Annual statistical returns and brief notes on vaccination in Bengal - 1887-1898
Year: 1887
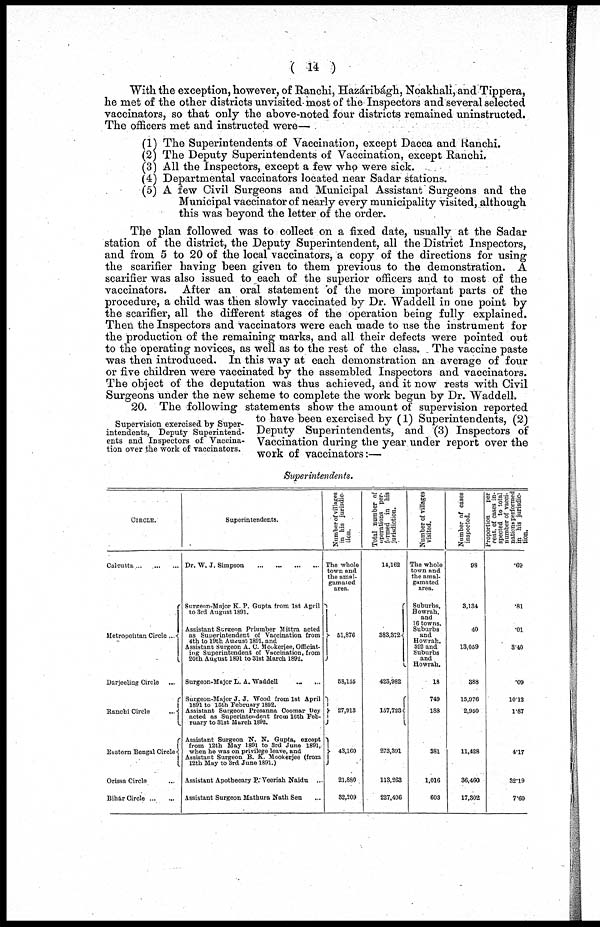
( 14 )
With the exception, however, of Ranchi, Hazáribágh, Noakhali, and Tippera,
he met of the other districts unvisited most of the Inspectors and several selected
vaccinators, so that only the above-noted four districts remained uninstructed.
The officers met and instructed were—
(1) The Superintendents of Vaccination, except Dacca and Ranchi.
(2) The Deputy Superintendents of Vaccination, except Ranchi.
(3) All the Inspectors, except a few who were sick.
(4) Departmental vaccinators located near Sadar stations.
(5) A few Civil Surgeons and Municipal Assistant Surgeons and the
Municipal vaccinator of nearly every municipality visited, although
this was beyond the letter of the order.
The plan followed was to collect on a fixed date, usually at the Sadar
station of the district, the Deputy Superintendent, all the District Inspectors,
and from 5 to 20 of the local vaccinators, a copy of the directions for using
the scarifier having been given to them previous to the demonstration. A
scarifier was also issued to each of the superior officers and to most of the
vaccinators. After an oral statement of the more important parts of the
procedure, a child was then slowly vaccinated by Dr. Waddell in one point by
the scarifier, all the different stages of the operation being fully explained
Then the Inspectors and vaccinators were each made to use the instrument for
the production of the remaining marks, and all their defects were pointed out
to the operating novices, as well as to the rest of the class. The vaccine paste
was then introduced. In this way at each demonstration an average of four
or five children were vaccinated by the assembled Inspectors and vaccinators.
The object of the deputation was thus achieved, and it now rests with Civil
Surgeons under the new scheme to complete the work begun by Dr. Waddell.
Supervision exercised by Super-
intendents, Deputy Superintend-
ents and Inspectors of Vaccina-
tion over the work of vaccinators.
20. The following statements show the amount of supervision reported
to have been exercised by (1) Superintendents, (2)
Deputy Superintendents, and (3) Inspectors of
Vaccination during the year under report over the
work of vaccinators:—
Superintendents.
CIRCLE.
Calcutta ... ... ...
Metropolitan Circle ...
Darjeeling Circle ...
Ranchi Circle
...
Eastern Bengal Circle
Orissa Circle ...
Bihár Circle ... ...
Superintendents.
Dr. W. J. Simpson
...
...
...
...
Surgeon-Major K. P. Gupta from 1st April
to 3rd August 1891.
Assistant Surgeon Priumber Mittra acted
as Superintendent of Vaccination from
4th to 19th August 1891. and
Assistant Surgeon A. C. Mookerjee, Officiat-
ing Superintendent of Vaccination, from
20th August 1891 to 31st March 1892.
Surgeon-Major L. A. Waddell
...
...
Surgeon-Major J. J. Wood from 1st April
1891 to 15th February 1892.
Assistant Surgeon Prosanna Coomar Dey
acted as Superintendent from 16th Feb-
ruary to 31st March 1892.
Assistant Surgeon N. N. Gupta, except
from 12th May 1891 to 3rd June 1891,
when he was on privilege leave, and
Assistant Surgeon B. K. Mookerjee (from
12th May to 3rd June 1891.)
Assistant Apothecary P. Veeriah Naidu ...
Assistant Surgeon Mathura Nath Sen ...
Number of villages
in his jurisdic-
tion.
The whole
town and
the amal-
gam ared
area.
51,876
58,155
27,913
43,160
21,880
32,209
Total number of
operations per-
formed in his
jurisdiction.
14,162
383,372
423,982
157,723
273,391
113,263
227,406
Number of villages
visited.
The whole
town and
the amal-
gamated
area.
Suburbs,
Bowrah,
and
16 towns.
Suburbs
and
Howrah.
392 and
Suburbs
and
Howrah.
18
749
188
381
1,016
603
Number of cases
inspected.
98
3,134
40
13,059
388
15,976
2,950
11,428
36,460
17,302
Proportion
per
cent. of cases in-
spected to total
number of vacci-
nations performed
in his jurisdic-
tion.
.69
.81
.01
3.40
.09
10.12
1.87
4.17
32.19
7.60